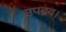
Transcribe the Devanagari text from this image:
उपद्रव।